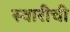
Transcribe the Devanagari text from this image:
स्वारीची